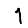
Digit: 1